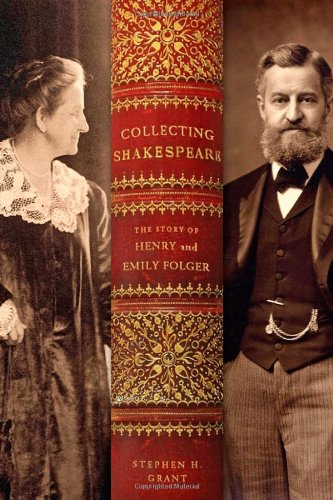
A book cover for Collecting Shakespeare: The Story of Henry and Emily Folger; Stephen H. Grant; Biographies & Memoirs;